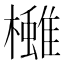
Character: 𪴓